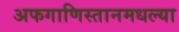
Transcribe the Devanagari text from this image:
अफगाणिस्तानमधल्या